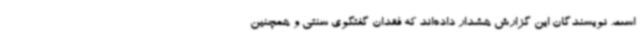
است. نویسندگان این گزارش هشدار داده‌اند که فقدان گفتگوی سنتی و همچنین